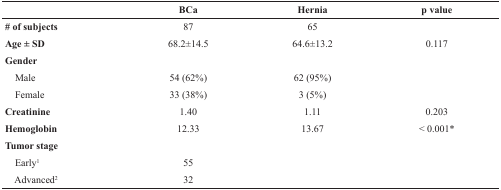
|  | BCa | Hernia | p value |
 | --- | --- | --- | --- |
 | # of subjects | 87 | 65 |  |
 | Age ± SD | 68.2±14.5 | 64.6±13.2 | 0.117 |
 | Gender |  |  |  |
 | Male | 54 (62%) | 62 (95%) |  |
 | Female | 33 (38%) | 3 (5%) |  |
 | Creatinine | 1.40 | 1.11 | 0.203 |
 | Hemoglobin | 12.33 | 13.67 | < 0.001* |
 | Tumor stage |  |  |  |
 | Early1 | 55 |  |  |
 | Advanced2 | 32 |  |  |